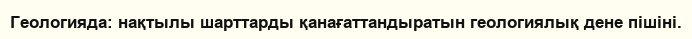
Геологияда: нақтылы шарттарды қанағаттандыратын геологиялық дене пішіні.